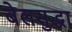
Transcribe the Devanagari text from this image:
बेलसुद्धा